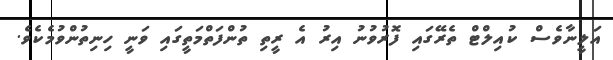
އަލީނާވެސް ކުއިލްޓް ތެރޭގައި ފޮރުވުނު އިރު އެ ރީތި ތުންފަތްމަތީގައި ވަނީ ހިނިތުންވުމެކެވެ.